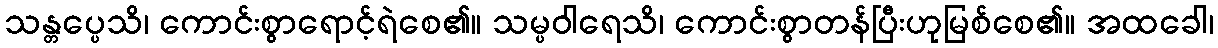
သန္တပ္ပေသိ၊ ကောင်းစွာရောင့်ရဲစေ၏။ သမ္ပဝါရေသိ၊ ကောင်းစွာတန်ပြီးဟုမြစ်စေ၏။ အထခေါ၊